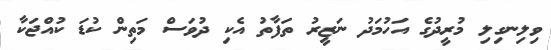
ވިލިނގިލި މުރީދުގެ އަހުމަދު ނަޒީރު ތަފާތު އެކި ދުވަސް މަތިން ކުޑަ ކުއްޖަކާ